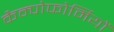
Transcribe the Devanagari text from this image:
कैम्पोफोर्मियों